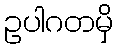
ဥပါဂတမှိ